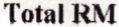
TOTAL RM